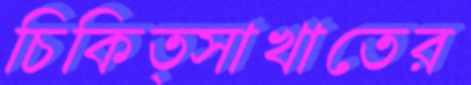
চিকিত্সাখাতের